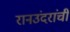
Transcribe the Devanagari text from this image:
रानउंदरांची